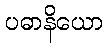
ပဓာနိယော